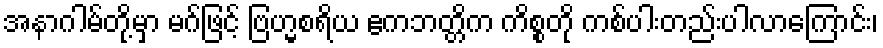
အနာဂါမ်တို့မှာ မဂ်ဖြင့် ဗြဟ္မစရိယ ဧကဘတ္တိက ကိစ္စတို ကစ်ပါးတည်းပါလာကြောင်း၊